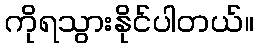
ကိုရသွားနိုင်ပါတယ်။